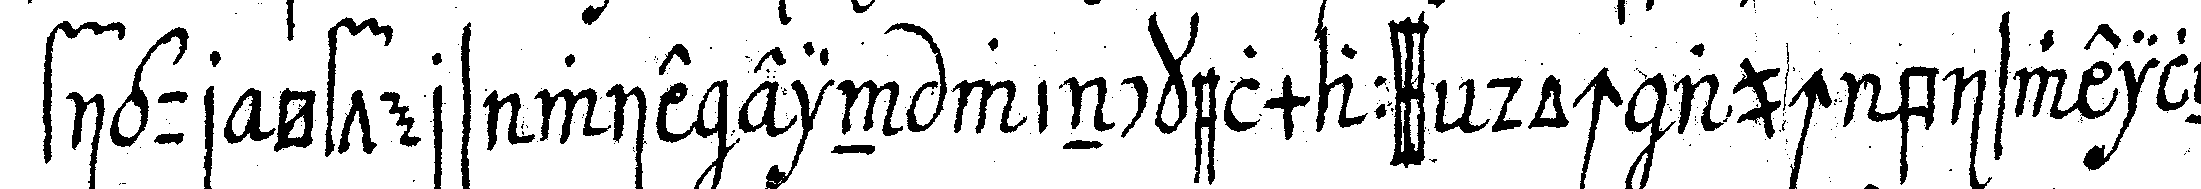
figur öfters wie ein winckelmaass doch auch bisweileN